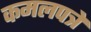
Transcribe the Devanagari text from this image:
कमलपत्रे